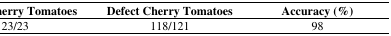
<table><thead><tr><td><b>Intact Cherry Tomatoes</b></td><td><b>Defect Cherry Tomatoes</b></td><td><b>Accuracy (%)</b></td></tr></thead><tbody><tr><td>23/23</td><td>118/121</td><td>98</td></tr></tbody></table>